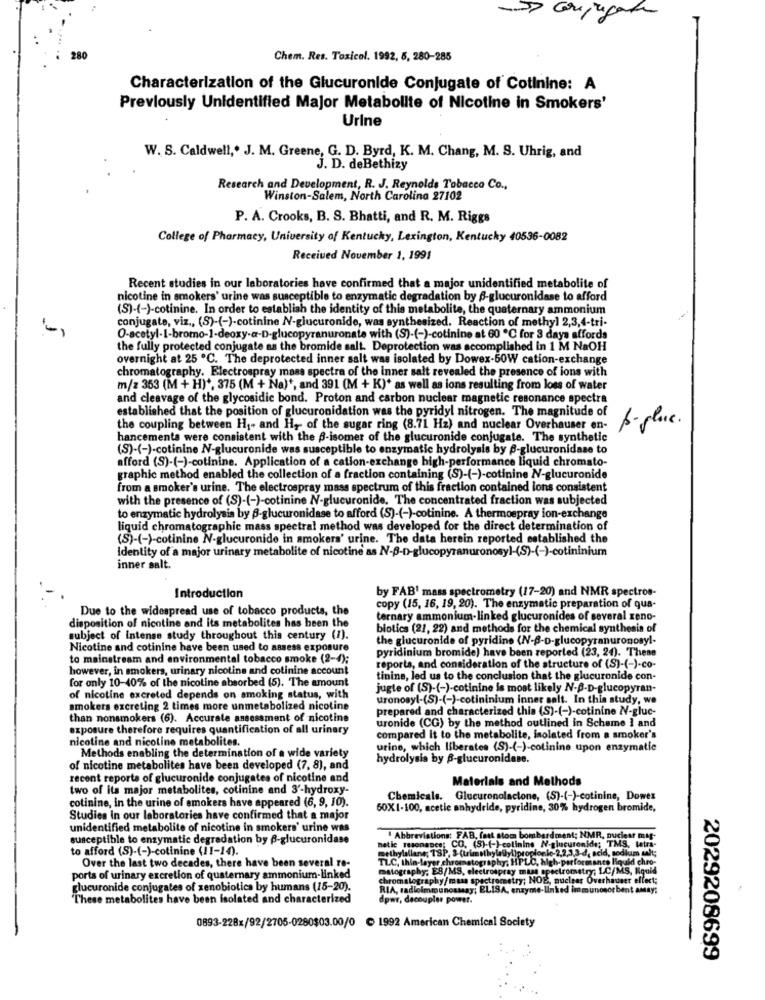
280
Chem. Res. Toxicol. 1992, 5, 280-285
Characterization of the Glucuronide Conjugate of Cotinine: A
Previously Unidentified Major Metabolite of Nicotine in Smokers'
Urine
W. S. Caldwell ,. J. M. Greene, G. D. Byrd, K. M. Chang, M. S. Uhrig, and
J. D. deBethizy
Research and Development, R. J. Reynolds Tobacco Co .,
Winston-Salem, North Carolina 27102
P. A. Crooks, B. S. Bhatti, and R. M. Riggs
College of Pharmacy, University of Kentucky, Lexington, Kentucky 40536-0082
Received November 1, 1991
Recent studies in our laboratories have confirmed that a major unidentified metabolite of
nicotine in smokers' urine was susceptible to enzymatic degradation by 6-glucuronidase to afford
(S)-(-)-cotinine. In order to establish the identity of this metabolite, the quaternary ammonium
conjugate, viz ., (S)-(-)-cotinine N-glucuronide, was synthesized. Reaction of methyl 2,3,4-tri-
O-acetyl-1-bromo-1-deoxy-a-D-glucopyranuronate with (S)-(-)-cotinine at 60 ℃ for 3 days affords
the fully protected conjugate as the bromide salt. Deprotection was accomplished in 1 M NaOH
overnight at 25 ℃. The deprotected inner salt was isolated by Dowex-50W cation-exchange
chromatography. Electrospray mass spectra of the inner salt revealed the presence of ions with
m/z 353 (M + H) *, 375 (M + Na) *, and 391 (M + K)* as well as ions resulting from loss of water
and cleavage of the glycosidic bond. Proton and carbon nuclear magnetic resonance spectra
established that the position of glucuronidation was the pyridyl nitrogen. The magnitude of
p- place .
the coupling between H1- and H ,- of the sugar ring (8.71 Hz) and nuclear Overhauser en-
hancements were consistent with the B-isomer of the glucuronide conjugate. The synthetic
(S)-(-)-cotinine N-glucuronide was susceptible to enzymatic hydrolysis by -glucuronidase to
afford (S)-(-)-cotinine. Application of a cation-exchange high-performance liquid chromato-
graphic method enabled the collection of a fraction containing (S)-(-)-cotinine N-glucuronide
from a smoker's urine. The electrospray mass spectrum of this fraction contained lons consistent
with the presence of (S)-(-)-cotinine N-glucuronide. The concentrated fraction was subjected
to enzymatic hydrolysis by B-glucuronidase to afford (S)-(-)-cotinine. A thermospray ion-exchange
liquid chromatographic mass spectral method was developed for the direct determination of
(S)-(-)-cotinine N-glucuronide in smokers' urine. The data herein reported established the
Identity of a major urinary metabolite of nicotine as N-B-D-glucopyranuronosyl-(S)-(-)-cotininium
inner salt.
by FAB' mass spectrometry (17-20) and NMR spectros-
Introduction
Due to the widespread use of tobacco products, the
copy (15, 16, 19, 20). The enzymatic preparation of qua-
disposition of nicotine and its metabolites has been the
ternary ammonium-linked glucuronides of several xeno-
biotics (21, 22) and methods for the chemical synthesis of
subject of intense study throughout this century (1).
the glucuronide of pyridine (N-B-D-glucopyranuronosyl-
Nicotine and cotinine have been used to assess exposure
pyridinium bromide) have been reported (23, 24). These
to mainstream and environmental tobacco smoke (2-4);
however, in smokers, urinary nicotine and cotinine account
reports, and consideration of the structure of (S)-(-)-co-
for only 10-40% of the nicoline absorbed (5). The amount
tinine, led us to the conclusion that the glucuronide con-
jugte of (S)-(-)-cotinine is most likely N-B-D-glucopyran-
of nicotine excreted depends on smoking status, with
uronosyl-(S)-(-)-cotininium inner salt. In this study, we
smokers excreting 2 times more unmetabolized nicotine
prepared and characterized this (S)-(-)-cotinine NV-gluc-
than nonsmokers (6). Accurate assessment of nicotine
uronide (CG) by the method outlined in Scheme 1 and
exposure therefore requires quantification of all urinary
nicotine and nicoline metabolites.
compared it to the metabolite, isolated from a smoker's
Methods enabling the determination of a wide variety
urine, which liberates (S)-(-)-cotinine upon enzymatic
hydrolysis by B-glucuronidase.
of nicotine metabolites have been developed (7, 8), and
recent reports of glucuronide conjugates of nicotine and
Materials and Methods
two of its major metabolites, cotinine and 3'-hydroxy-
cotinine, in the urine of smokers have appeared (6, 9, 10).
Chemicals. Glucuronolactone, (S)-(-)-cotinine, Dowes
50X1-100, acetic anhydride, pyridine, 30% hydrogen bromide,
Studies In our laboratories have confirmed that a major
unidentified metabolite of nicotine in smokers' urine was
susceptible to enzymatic degradation by B-glucuronidase
netle resonance; CO. (S)-(-)-colinine N-glucuronide; TM
Abbreviations: FAB, faut stom bombardment; NMR, nuclear mat
to afford (S)-(-)-cotinine (11-14).
; TMS, Leur
TLC, thin layer chromato
aphy, HPLC, high-performance IS
Over the last two decades, there have been several re-
matography; ES/MS, electrospray mass spectrometry; L.C/Ms,
porta of urinary excretion of quaternary ammonium-linked
chromatography/mass spectrometry; NOE, nuclear Overhave
glucuronide conjugates of xenobiotics by humans (15-20).
RIA, radioimmunoassay; ELISA, enzyme-linked immunonor be
These metabolites have been isolated and characterized
dpwr, dacoupler power.
0893-228x/92/2705-0280$03.00/0 c 1992 American Chemical Society
2029208699